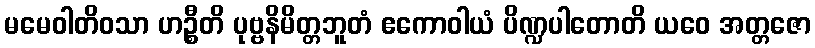
မမေဝါတိဝသာ ဟဉ္စီတိ ပုဗ္ဗနိမိတ္တဘူတံ ဧကောဝါယံ ပိဏ္ဍပါတောတိ ယဝေ အတ္တဇော